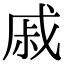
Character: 戚